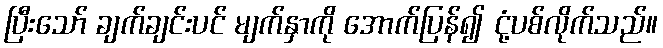
ပြီးသော် ချက်ချင်းပင် မျက်နှာကို အောက်ပြန်၍ ငုံ့ပစ်လိုက်သည်။